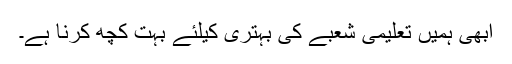
ابھی ہمیں تعلیمی شعبے کی بہتری کیلئے بہت کچھ کرنا ہے۔